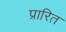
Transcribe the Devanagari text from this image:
प्रारित